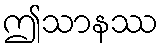
ဤသာနဿ